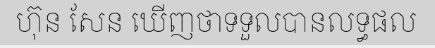
ហ៊ុន សែន ឃើញថាទទួលបានលទ្ធផល